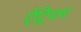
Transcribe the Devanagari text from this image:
ऐट्रियम